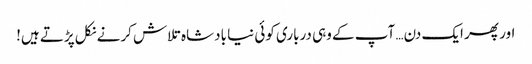
اور پھر ایک دن… آپ کے وہی درباری کوئی نیا بادشاہ تلاش کرنے نکل پڑتے ہیں!